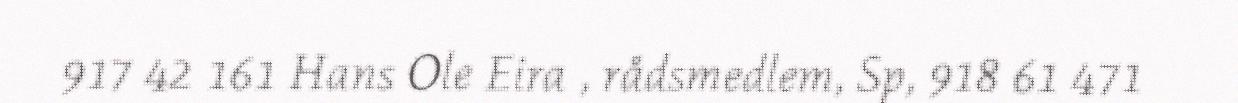
917 42 161 Hans Ole Eira , rådsmedlem, Sp, 918 61 471